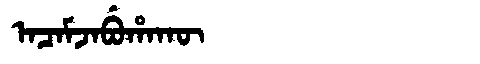
Manchu: ᠠᠴᠠᠮᠵᠠᠪᡠᡥᠠᡴᡡ
Romanization: ACAMJABUHAKŪ